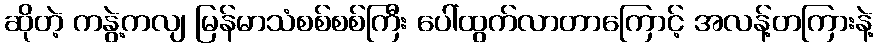
ဆိုတဲ့ ကနွဲ့ကလျ မြန်မာသံစစ်စစ်ကြီး ပေါ်ထွက်လာတာကြောင့် အလန့်တကြားနဲ့